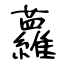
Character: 蘿